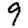
Digit: 9